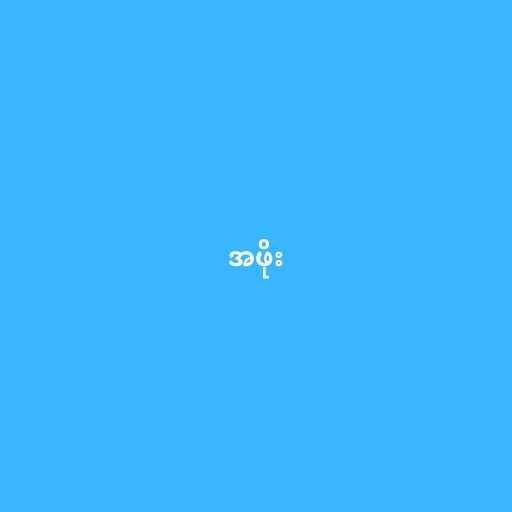
အဖိုး